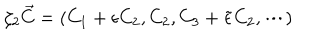
\zeta _ { 2 } \vec { C } = ( C _ { 1 } + \epsilon C _ { 2 } , C _ { 2 } , C _ { 3 } + \tilde { \epsilon } C _ { 2 } , \cdots )